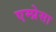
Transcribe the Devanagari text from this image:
एम्प्रेसा